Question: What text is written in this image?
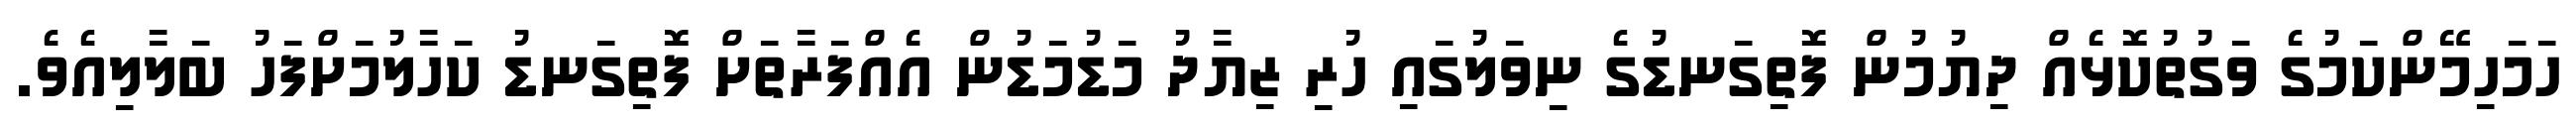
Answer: ހަމަހިމޭންކަމުގެ ވަގުތުކޮޅެއް ދިޔުމުން ފޮތިގަނޑުގެ ނިވަލުގައި ހުރި ޒިޔާދު މަޑުމަޑުން އެއްފަރާތަށް ފޮތިގަނޑު ކަހާލުމަށްފަހު ބަލާލިއެވެ.